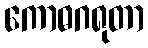
ကောဓဂရုတာ